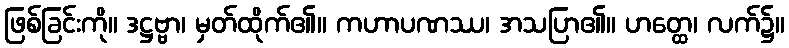
ဖြစ်ခြင်းကို။ ဒဋ္ဌဗ္ဗာ၊ မှတ်ထိုက်၏။ ကဟာပဏဿ၊ အသပြာ၏။ ဟတ္ထေ၊ လက်၌။